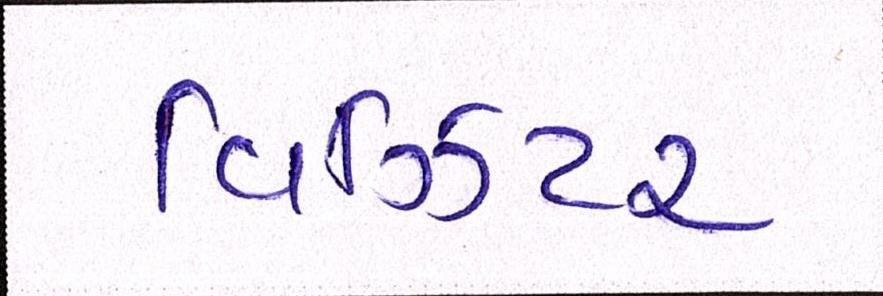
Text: વિઝિટર